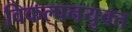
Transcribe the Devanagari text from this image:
विकल्पनयुक्त